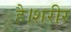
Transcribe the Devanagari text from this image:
है।शरीर